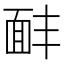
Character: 𩈈